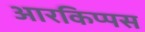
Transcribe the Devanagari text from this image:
आरकिप्पस